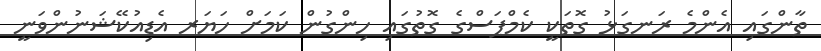
ތާންގައި އެންމެ ރަނގަޅު ގޮތަކީ ކެމްޕަސްގެ ގޮތުގައި ހިންގުން ކަމަށް ހަޔަރ އެޑިއުކޭޝަނުންވަނީ